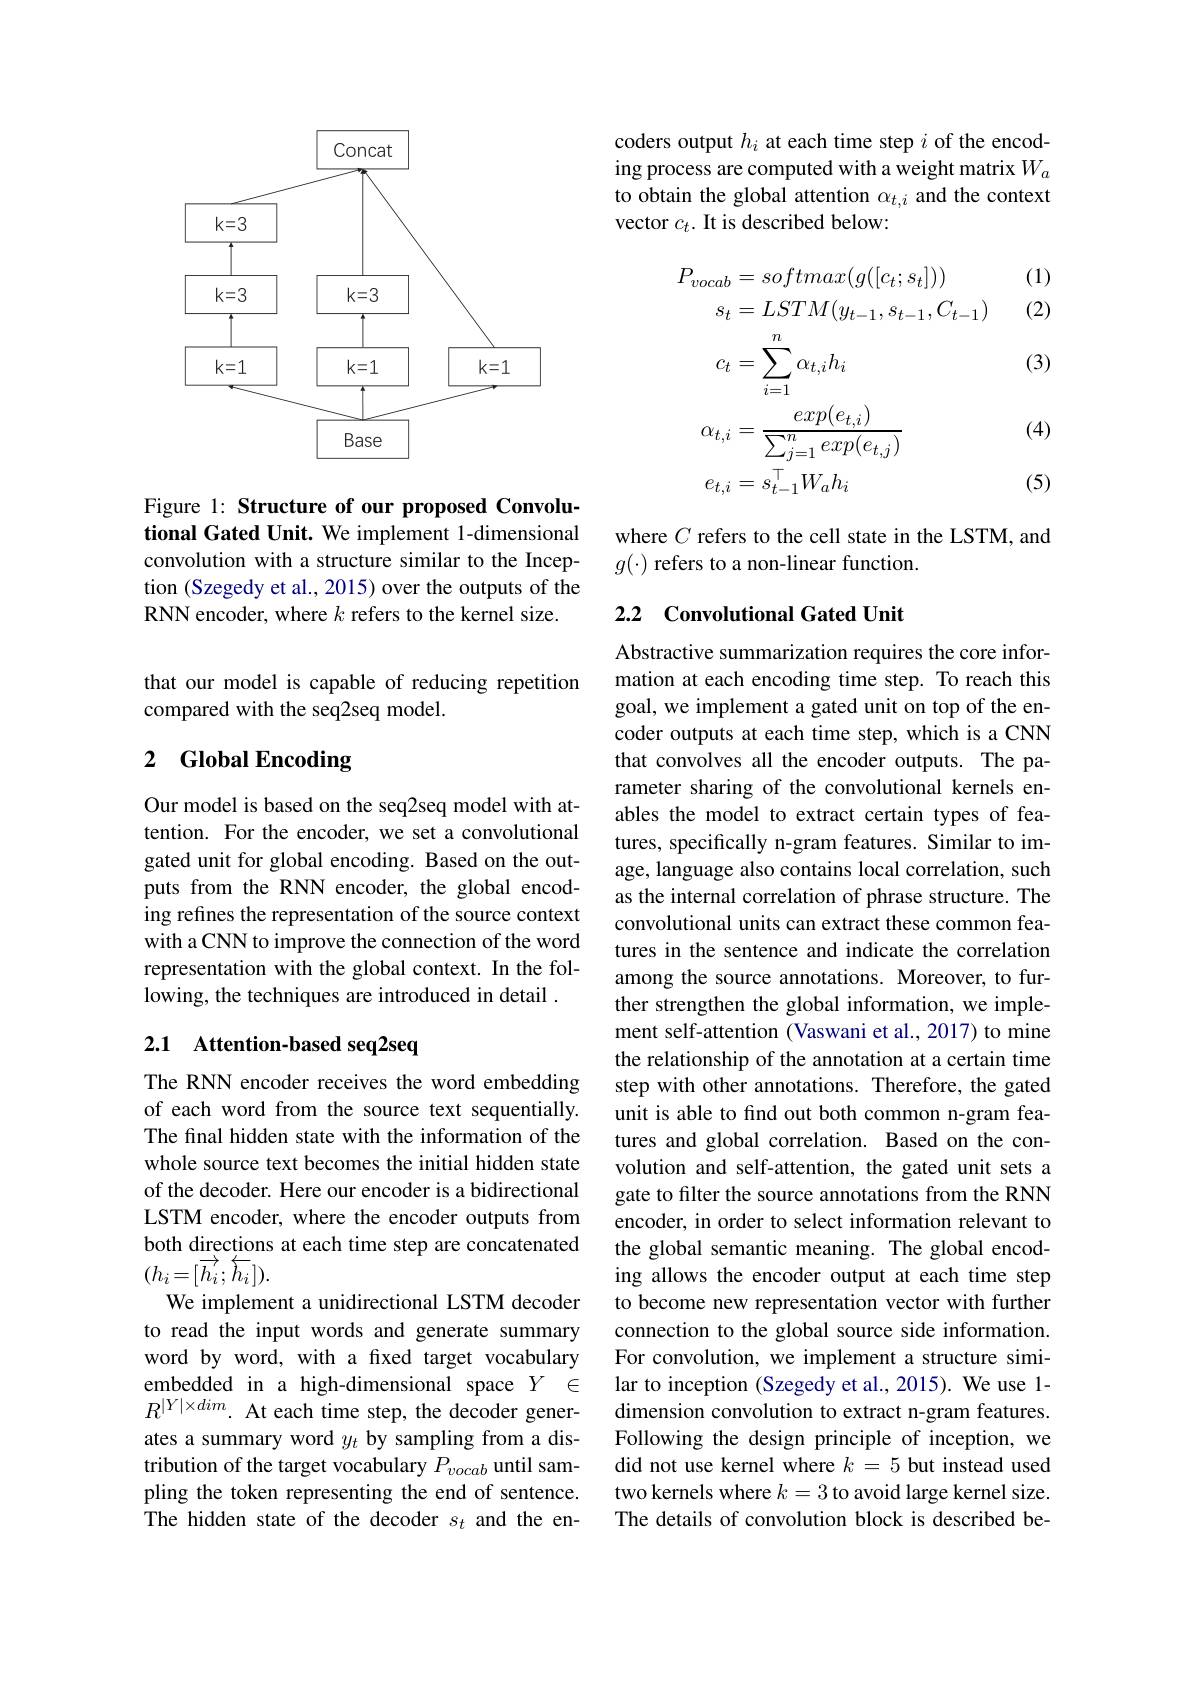
<FigureHere>

Figure 1: Structure of our proposed Convolutional Gated Unit. We implement 1-dimensional convolution with a structure similar to the Inception (Szegedy et al., 2015) over the outputs of the RNN encoder, where $k$ refers to the kernel size.

that our model is capable of reducing repetition
compared with the seq2seq model.

# 2 Global Encoding

Our model is based on the seq2seq model with attention. For the encoder, we set a convolutional gated unit for global encoding. Based on the outputs from the RNN encoder, the global encoding refines the representation of the source context with a CNN to improve the connection of the word representation with the global context. In the following, the techniques are introduced in detail .

## 2.1 Attention-based seq2seq

The RNN encoder receives the word embedding of each word from the source text sequentially. The final hidden state with the information of the whole source text becomes the initial hidden state of the decoder. Here our encoder is a bidirectional LSTM encoder, where the encoder outputs from both directions at each time step are concatenated $(h_{i}=[\overrightarrow{h_{i}};\overleftarrow{h_{i}}]).$
We implement a unidirectional LSTM decoder to read the input words and generate summary word by word, with a fixed target vocabulary embedded in a high-dimensional space $Y$ $\in$ $R^{|Y|\times dim}.$ At each time step, the decoder generates a summary word $y_t$ by sampling from a distribution of the target vocabulary $P_vocab$ until sampling the token representing the end of sentence. The hidden state of the decoder $s_t$ and the en-

coders output $h_i$ at each time step $i$ of the encoding process are computed with a weight matrix $W_a$ to obtain the global attention $\alpha_{t,i}$ and the context vector $c_t.$ It is described below:

(1)
$$\begin{aligned}P_{vocab}&=softmax(g([c_{t};s_{t}]))\\s_{t}&=LSTM(y_{t-1},s_{t-1},C_{t-1})\\c_{t}&=\sum_{i=1}^n\alpha_{t,i}h_i\\\alpha_{t,i}&=\frac{exp(e_{t,i})}{\sum_{j=1}^nexp(e_{t,j})}\\e_{t,i}&=s_{t-1}^{\top}W_{a}h_{i}\end{aligned}$$
(2)

(3)

(4)

(5)

where $C$ refers to the cell state in the LSTM, and
$g(\cdot)$ refers to a non-linear function.

## 2.2 Convolutional Gated Unit

Abstractive summarization requires the core information at each encoding time step. To reach this goal, we implement a gated unit on top of the encoder outputs at each time step, which is a CNN that convolves all the encoder outputs. The parameter sharing of the convolutional kernels enables the model to extract certain types of features, specifically n-gram features. Similar to image, language also contains local correlation, such as the internal correlation of phrase structure. The convolutional units can extract these common features in the sentence and indicate the correlation among the source annotations. Moreover, to further strengthen the global information, we implement self-attention (Vaswani et al., 2017) to mine the relationship of the annotation at a certain time step with other annotations. Therefore, the gated unit is able to find out both common n-gram features and global correlation. Based on the convolution and self-attention, the gated unit sets a gate to filter the source annotations from the RNN encoder, in order to select information relevant to the global semantic meaning. The global encoding allows the encoder output at each time step to become new representation vector with further connection to the global source side information. For convolution, we implement a structure similar to inception (Szegedy et al., 2015). We use 1- dimension convolution to extract n-gram features. Following the design principle of inception, we did not use kernel where $k=5$ but instead used two kernels where $k=3$ to avoid large kernel size. The details of convolution block is described be-